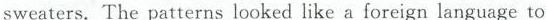
sweaters. The patterns looked like a foreign language to